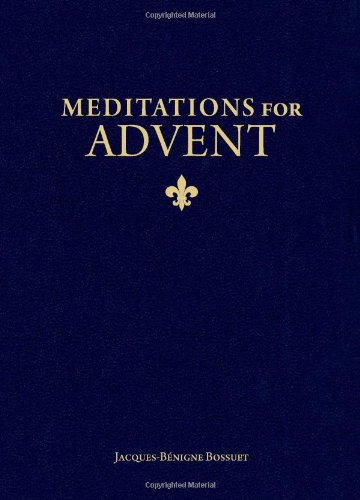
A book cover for Meditations for Advent; Bishop Jacques-BÃ©nigne Bossuet; Christian Books & Bibles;